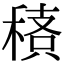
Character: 䅩